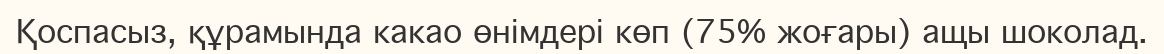
Қоспасыз, құрамында какао өнімдері көп (75% жоғары) ащы шоколад.